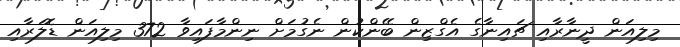
މިލިއަން ދީނާރާއި ޗައިނާގެ އެގްޒިން ބޭންކުން ނެގުމަށް ނިންމާފައިވާ 372 މިލިއަން ޑޮލަރާއި